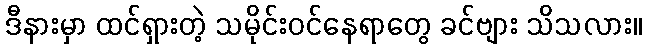
ဒီနားမှာ ထင်ရှားတဲ့ သမိုင်းဝင်နေရာတွေ ခင်ဗျား သိသလား။